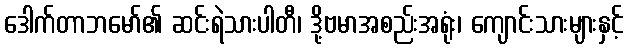
ဒေါက်တာဘမော်၏ ဆင်းရဲသားပါတီ၊ ဒို့ဗမာအစည်းအရုံး၊ ကျောင်းသားများနှင့်